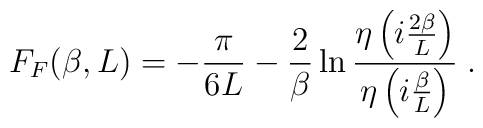
F_{F}(\beta,L)=-\frac{\pi}{6L}-\frac{2}{\beta}  \ln{\frac{\eta\left(i\frac{2\beta}{L}\right)}    {\eta\left(i\frac{\beta}{L}\right)}}\;.